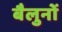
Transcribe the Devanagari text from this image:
बैलुनों